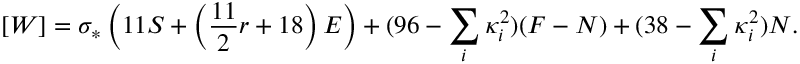
[ W ] = \sigma _ { * } \left( 1 1 S + \left( { \frac { 1 1 } { 2 } } r + 1 8 \right) E \right) + ( 9 6 - \sum _ { i } \kappa _ { i } ^ { 2 } ) ( F - N ) + ( 3 8 - \sum _ { i } \kappa _ { i } ^ { 2 } ) N .